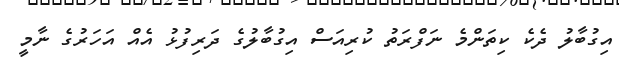
އިގުބާލު ދެކެ ކިތަންމެ ނަފްރަތު ކުރިއަސް އިގުބާލުގެ ދަރިފުޅު އެއް އަހަރުގެ ނާމީ